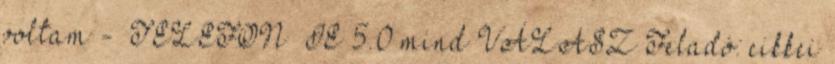
voltam - TELEFON IE 5.0 mind VÁLASZ Feladó: cikkei